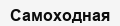
Самоходная